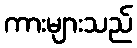
ကားများသည်